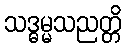
သဒ္ဓမ္မသညတ္တိ